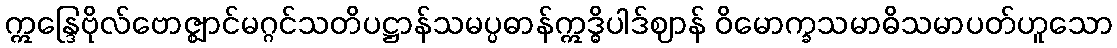
ဣန္ဒြေဗိုလ်ဗောဇ္ဈာင်မဂ္ဂင်သတိပဋ္ဌာန်သမပ္ပဓာန်ဣဒ္ဓိပါဒ်ဈာန် ဝိမောက္ခသမာဓိသမာပတ်ဟူသော